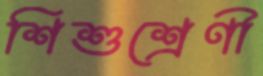
শিশুশ্রেণী